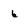
Character: 6